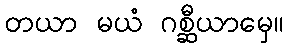
တယာ မယံ ဂစ္ဆီယာမှေ။